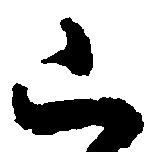
已